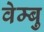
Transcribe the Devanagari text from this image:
वेम्बु